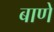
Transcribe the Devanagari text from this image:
बाणे